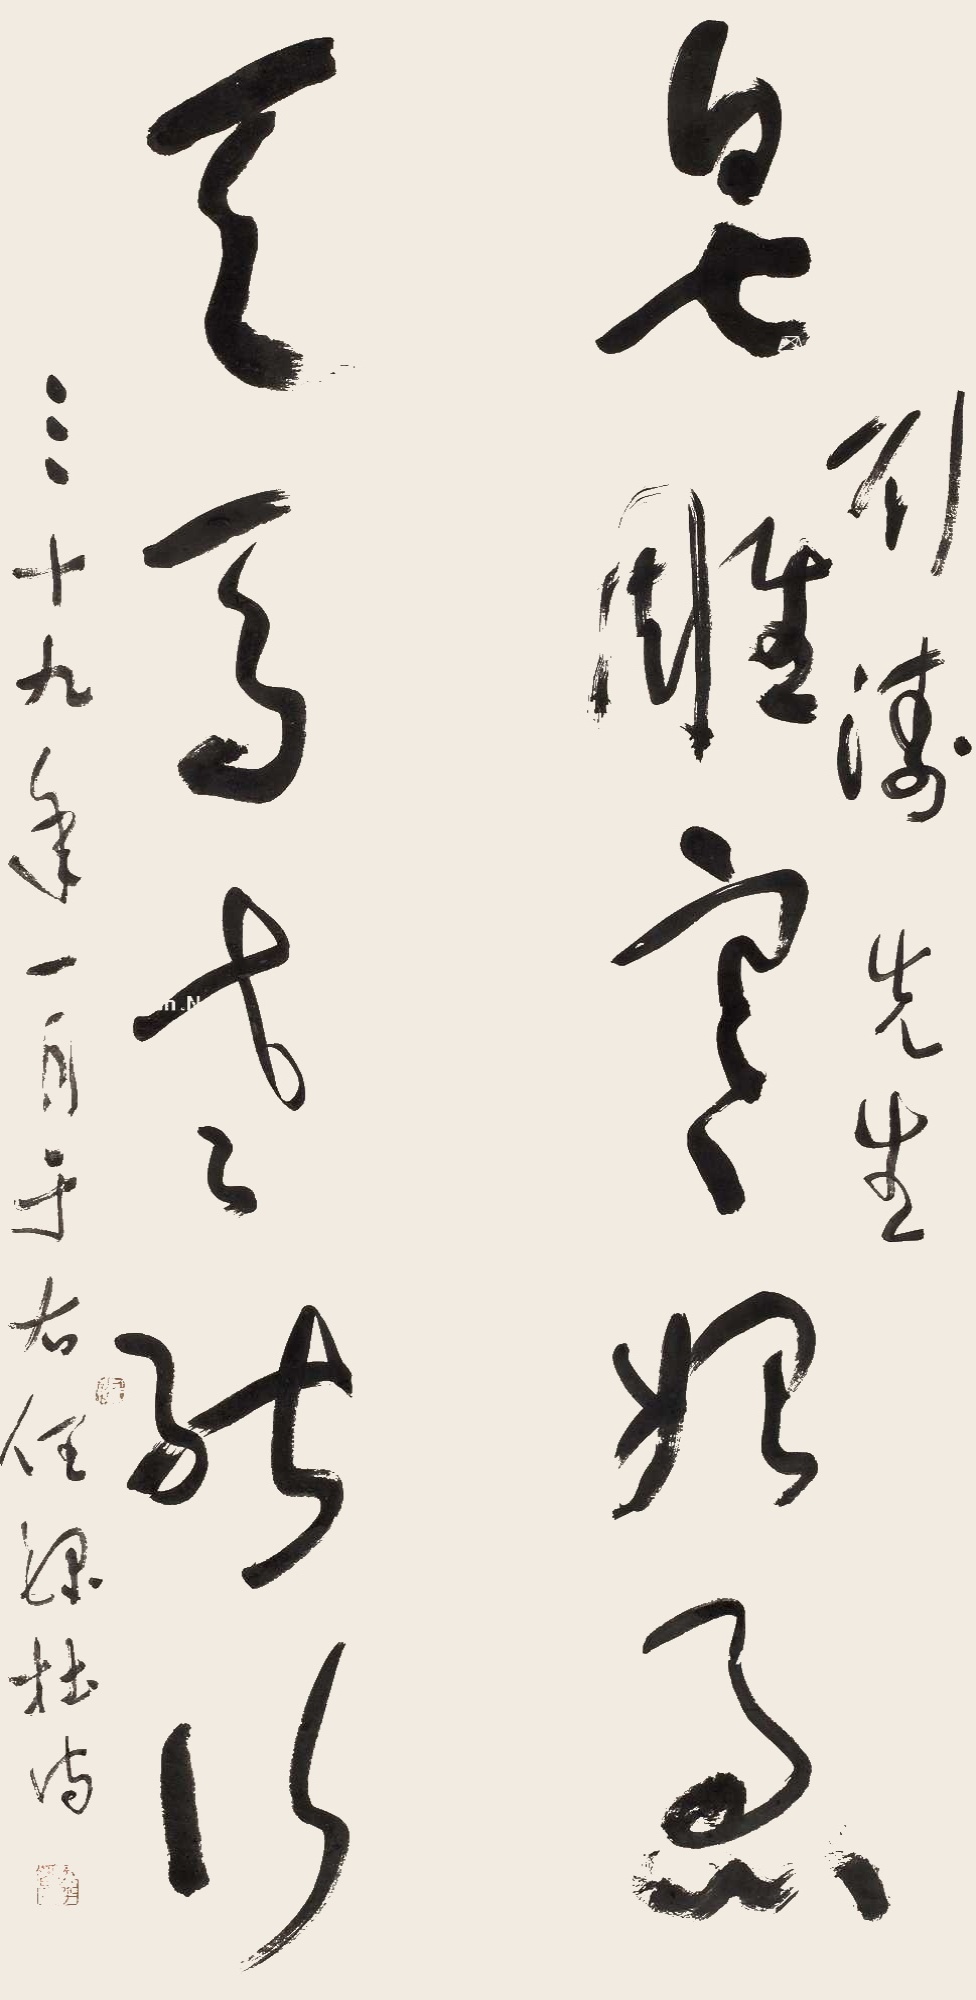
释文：皂雕寒始急，天马老能行。刘涛先生，三十九年一月，于右任录杜诗。